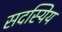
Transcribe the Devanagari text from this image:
सदस्यिय